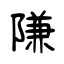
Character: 隒